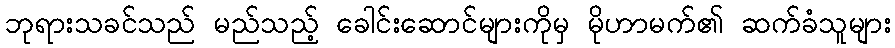
ဘုရားသခင်သည် မည်သည့် ခေါင်းဆောင်များကိုမှ မိုဟာမက်၏ ဆက်ခံသူများ